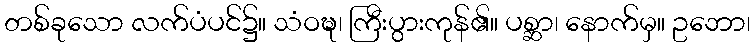
တစ်ခုသော လက်ပံပင်၌။ သံဝဍ္ဎ၊ ကြီးပွားကုန်၏။ ပစ္ဆာ၊ နောက်မှ။ ဥဘော၊